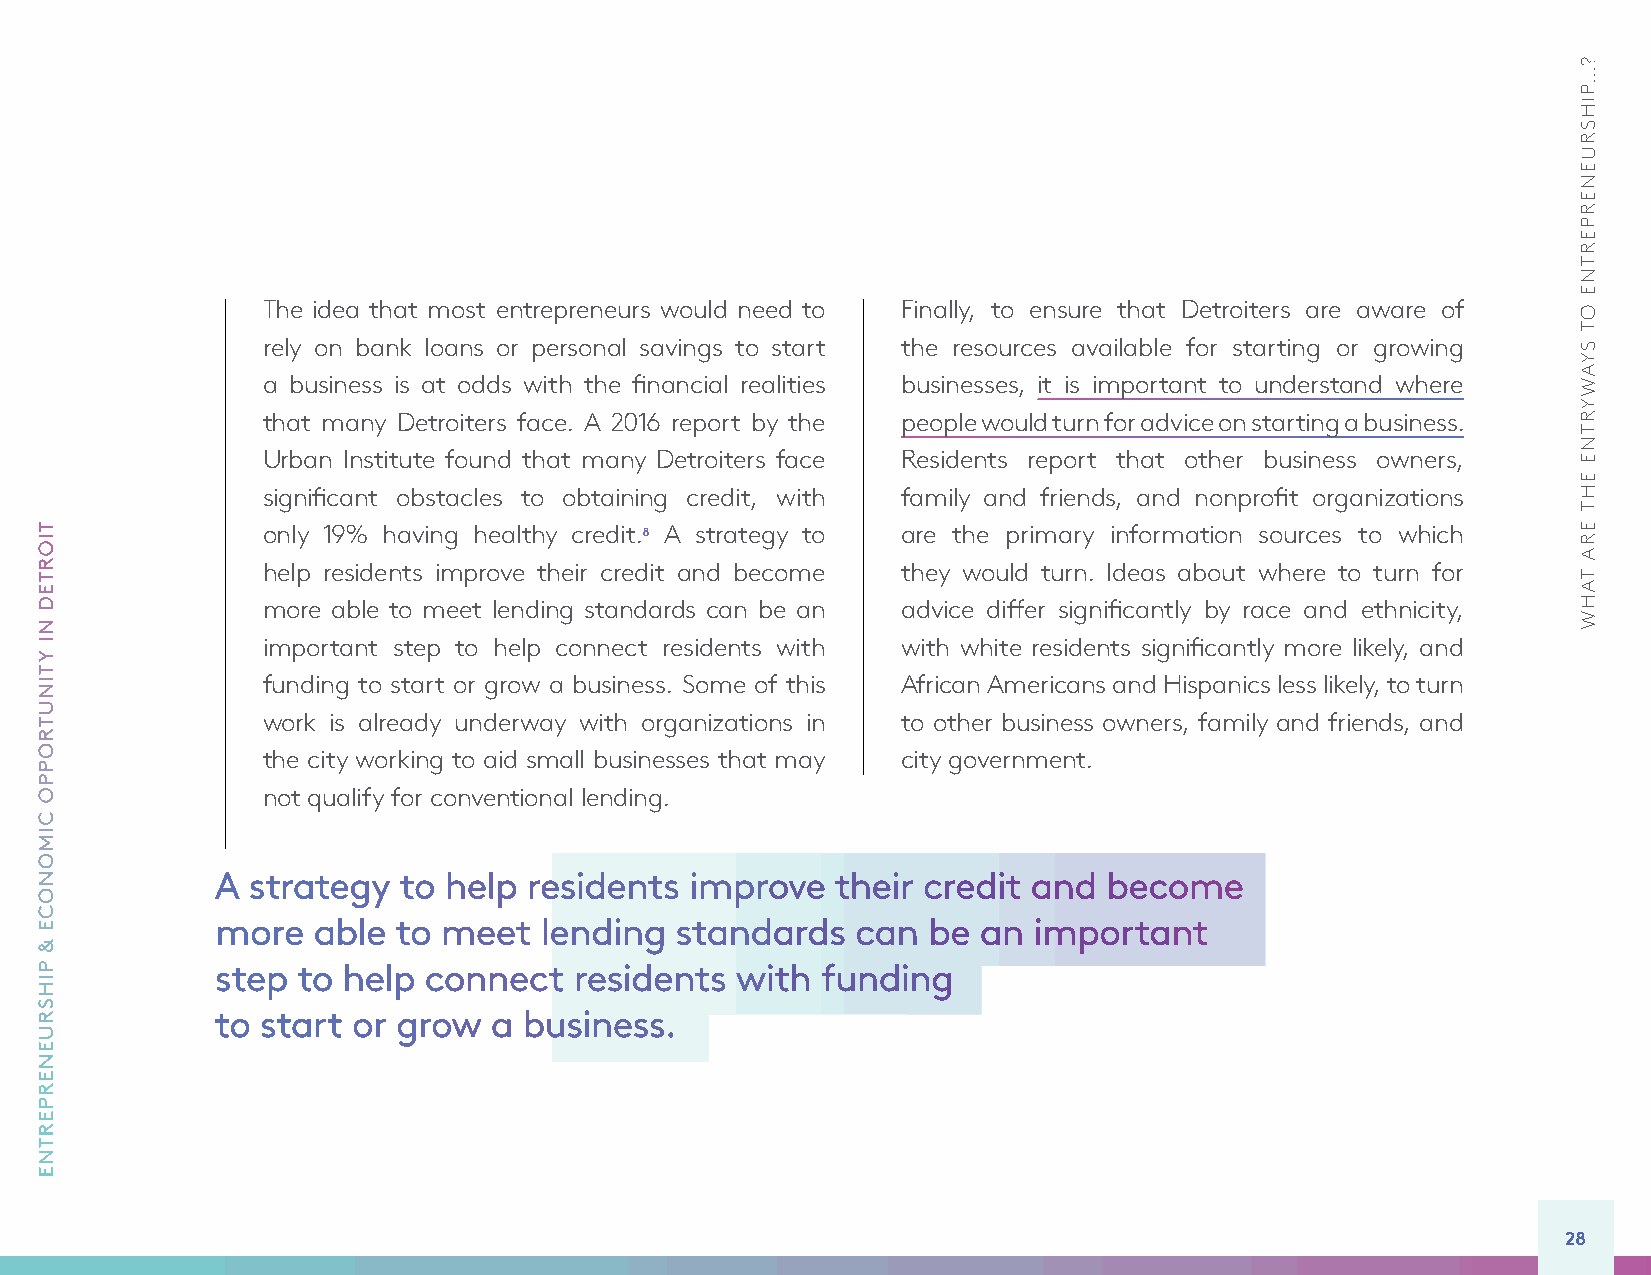
The idea that most entrepreneurs would need to Finally, to ensure that Detroiters are aware of
 rely on bank loans or personal savings to start the resources available for starting or growing
 a business is at odds with the financial realities businesses, it is important to understand where
 that many Detroiters face. A 2016 report by the people would turn for advice on starting a business.
 Urban Institute found that many Detroiters face Residents report that other business owners,
 significant obstacles to obtaining credit, with family and friends, and nonprofit organizations
 only 19% having healthy credit.8 A strategy to are the primary information sources to which
 help residents improve their credit and become they would turn. Ideas about where to turn for
 more able to meet lending standards can be an advice differ significantly by race and ethnicity,
 important step to help connect residents with with white residents significantly more likely, and
 funding to start or grow a business. Some of this African Americans and Hispanics less likely, to turn
 work is already underway with organizations in to other business owners, family and friends, and
 the city working to aid small businesses that may city government.
 not qualify for conventional lending.
 A strategy  to help  residents  improve  their credit and  become
 more   able to meet   lending  standards   can be  an important
 step  to help connect   residents  with funding
 to start or grow  a  business.
 28
 TIORTED
 NI
 YTINUTROPPO
 CIMONOCE
 &
 PIHSRUENERPERTNE
 ?...PIHSRUENERPERTNE
 OT
 SYAWYRTNE
 EHT
 ERA
 TAHW